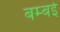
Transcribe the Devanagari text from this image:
बम्‍बई